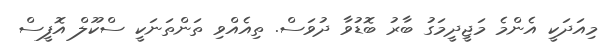
މިއަދަކީ އެންމެ މަޖީދީމަގު ބާރު ބޮޑުވާ ދުވަސް. ތިއެއްވި ތަންތަނަކީ ސްކޫލް އޮފީސް